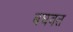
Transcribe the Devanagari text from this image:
बघवत